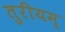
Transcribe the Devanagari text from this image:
तुरीयम्‌